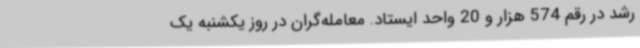
رشد در رقم 574 هزار و 20 واحد ایستاد. معامله‌گران در روز یکشنبه یک